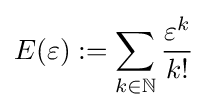
E(\varepsilon ):=\sum _{k\in \mathbb {N} }{\frac {\varepsilon ^{k}}{k!}}